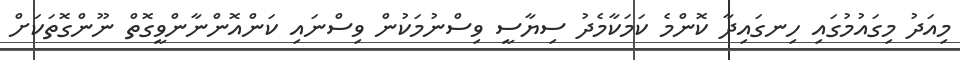
މިއަދު މިގައުމުގައި ހިނގައިދާ ކޮންމެ ކަމަކާމެދު ސިޔާސީ ވިސްނުމަކުން ވިސްނައި ކަންއޮންނާންވީގޮތް ނޫންގޮތަކަށް